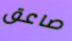
صاعق